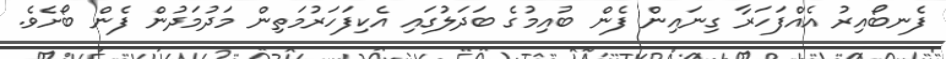
ފެނބޯއިރު އެއްފަހަރާ ގިނައިން ފެން ބުއިމުގެ ބަދަލުގައި އެކިފަހަރުމަތިން މަދުމަދުން ފެން ބޯށެވެ.